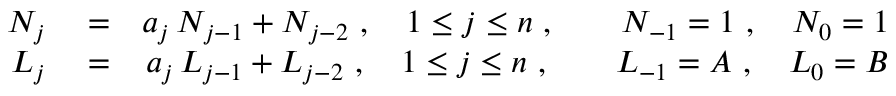
\begin{array} { r l r } { N _ { j } } & { { } = } & { a _ { j } \, N _ { j - 1 } + N _ { j - 2 } \ , \quad 1 \leq j \leq n \ , \qquad N _ { - 1 } = 1 \ , \quad N _ { 0 } = 1 } \\ { L _ { j } } & { { } = } & { a _ { j } \, L _ { j - 1 } + L _ { j - 2 } \ , \quad 1 \leq j \leq n \ , \qquad L _ { - 1 } = A \ , \quad L _ { 0 } = B } \end{array}